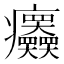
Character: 𤼤